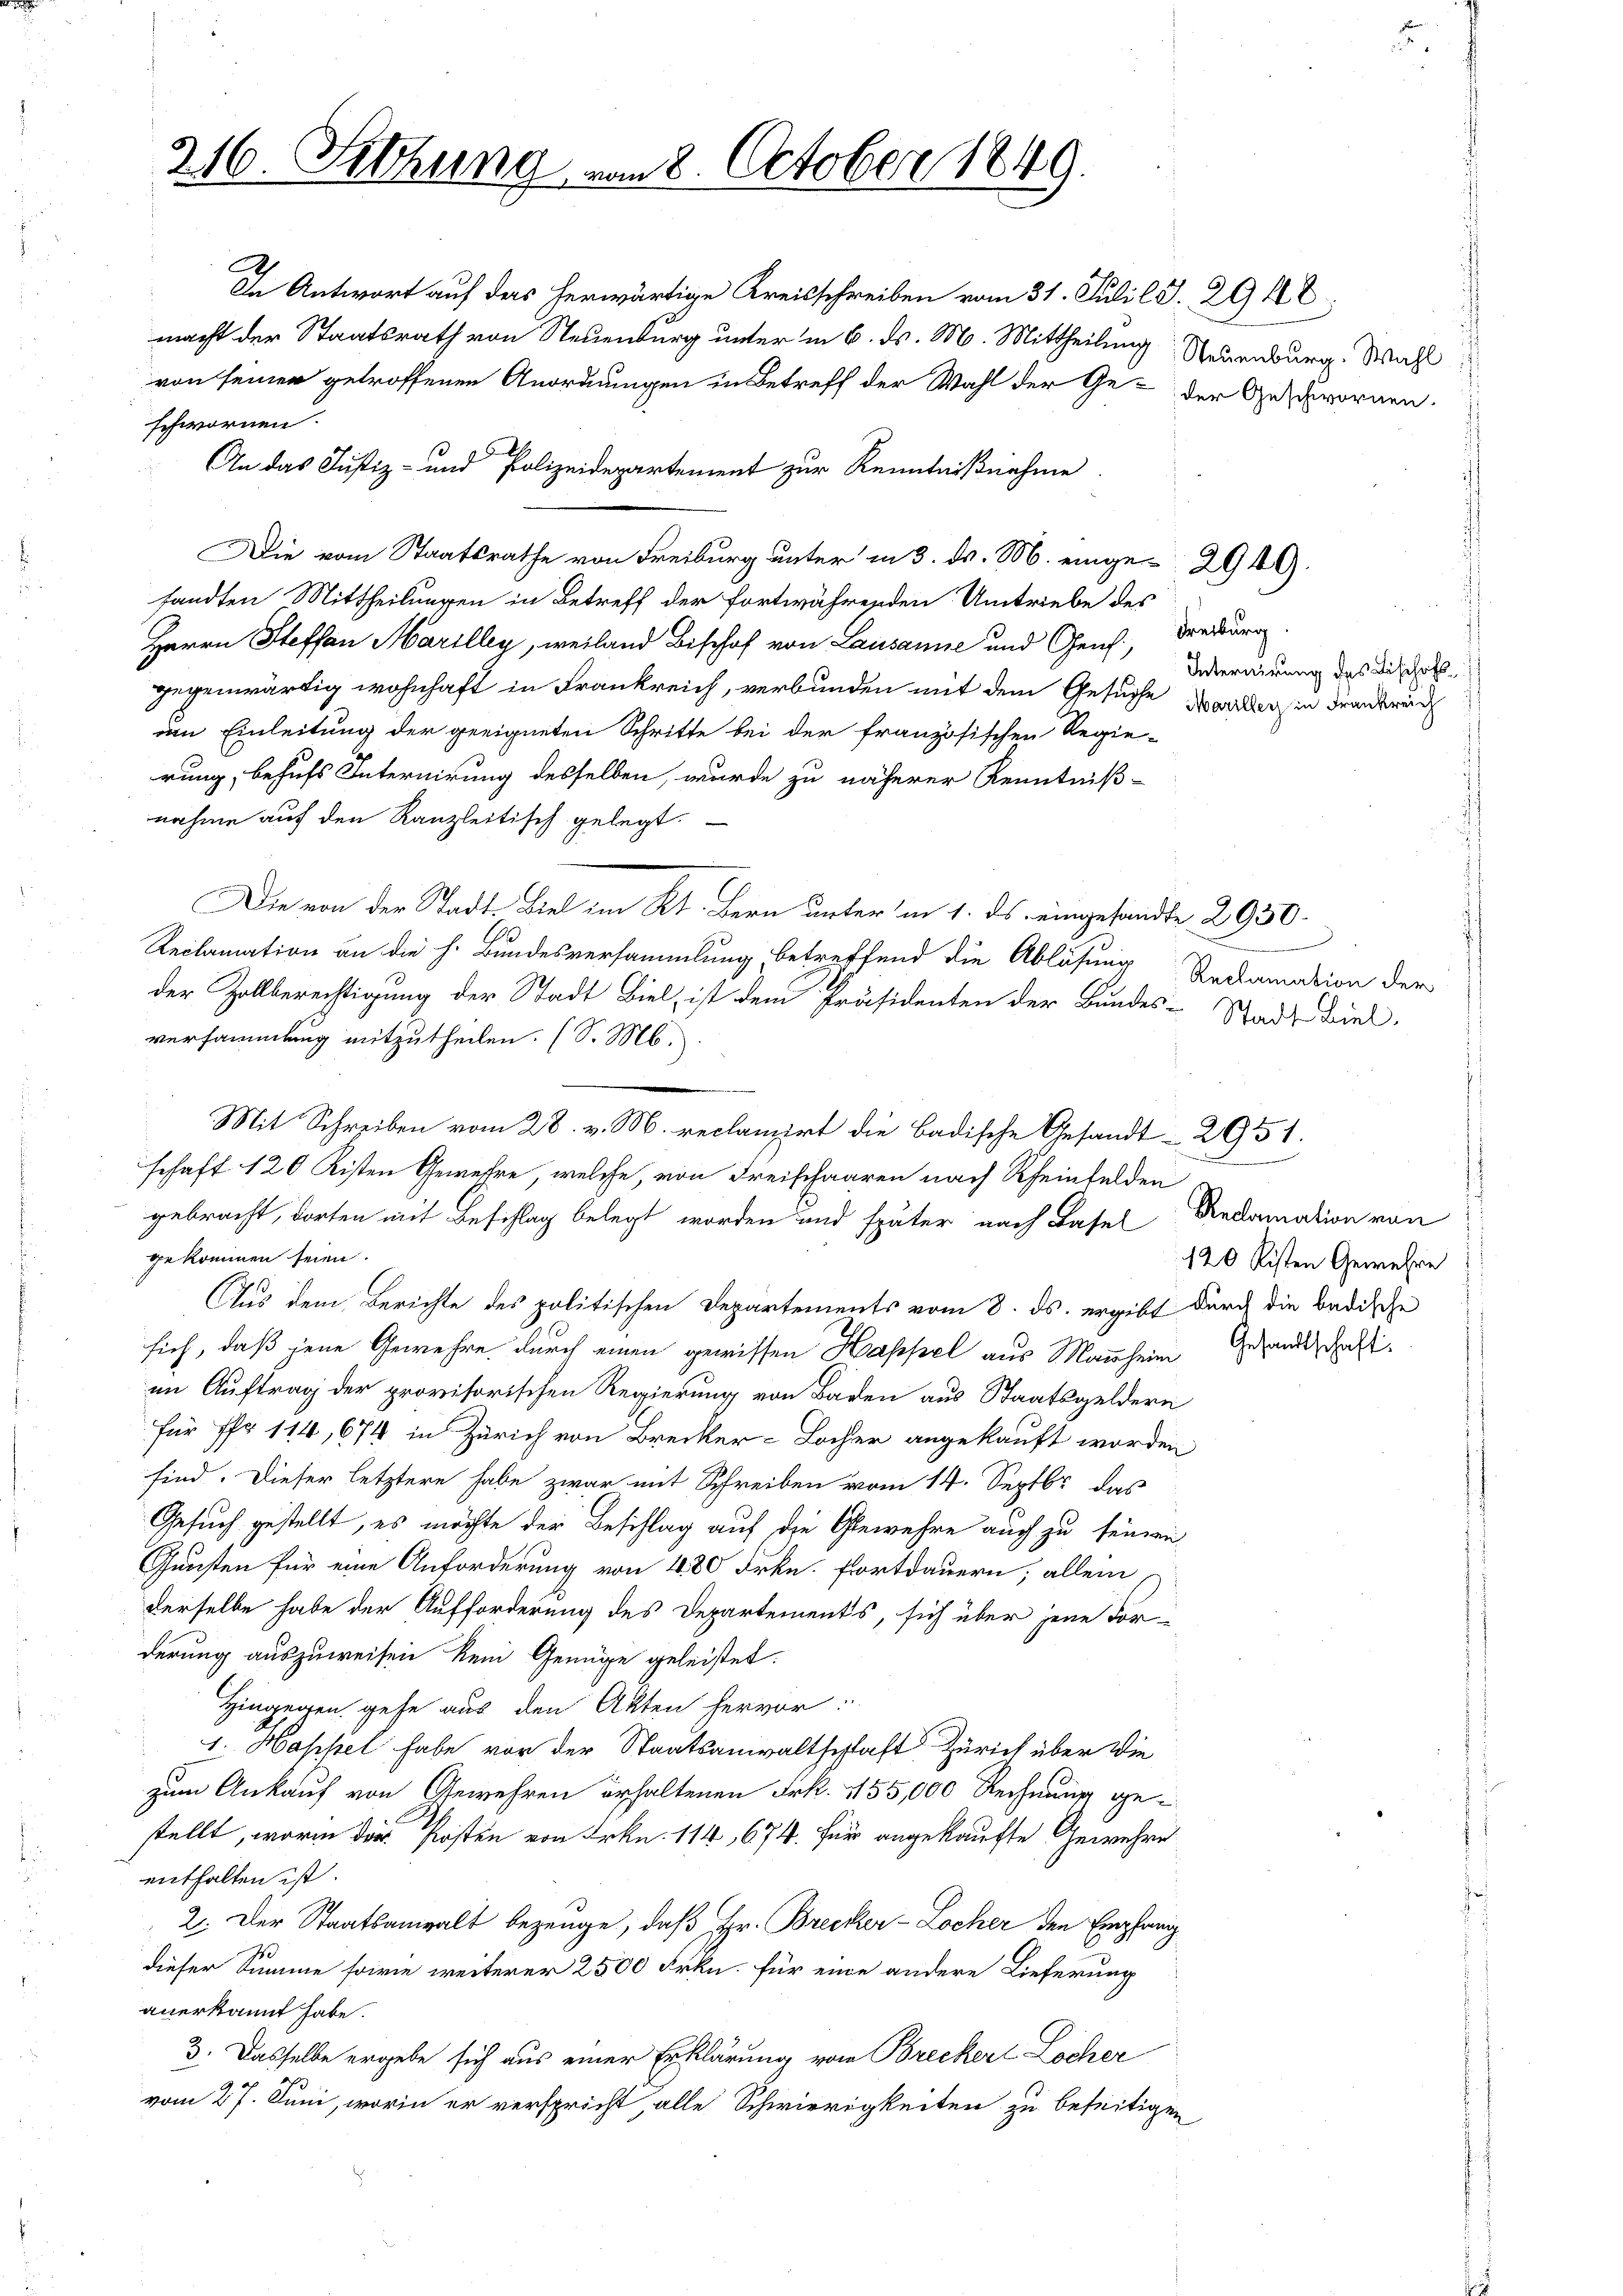
216. Fetzung von 8. October 1849.

In Antwort auf das herwärtige Kreisschreiben vom 31. Juli l. J. 29112;
macht der Staatsrath von Steuenburg unter in 6. ds. M. Mittheilung Neuenburg. Wahl
von seiner getroffenen Anordnungen in Betreff der Wahl der Ge- der Geschwornen.
schwornen.
Die vom Staatsrathe von Freiburg unter in 3. ds. M. einge-294.
sandten Mittheilungen in Betreff der fortwährenden Umtriebe des
Herrn Steffan Marilley, weiland Bischof von Lausanne und Genf, Freiburg.
gegenwärtig wohnhaft in Frankreich, verbunden mit dem Gesuche
ven Einleitung der geeigneten Schritte bei der französischen Regie-
rung, behufs Internirung desselben, wurde zu näherer Kenntniß-
nahme auf den Kanzleitisch gelegt.
Die von der Stadt. Biel im Kt. Bern unter in 1. ds eingesandte 2930.
Reclamation an die h. Bundesversammlung betreffend die Ablösung
der Zollberechtigung der Stadt Biel, ist dem Präsidenten der Bundes-Stadt Biel,
versammlung mitzutheilen. (S. M.
Mit Schreiben vom 28. v. M. reclamirt die Badische Gesandt-2951.
schaft 120 Kisten Gewehre, welche, von Freischaaren nach Rheinfelden
gebracht, dorten mit Beschlag belegt worden und später nach Basel
gekommen seien.
Aus dem Berichte des politischen Departements vom 8. ds. ergibt durch die Badische
sich, daß jene Gewehre durch einen gewissen Happel aus Mannheim
im Auftrag der provisorischen Regierung von Baden aus Staatsgeldern
für Pfr. 114, 674 in Zürich von Brecker-Locher angekauft worden
sind. Dieser letztere habe zwar mit Schreiben vom 14. Septbr das
Gesuch gestellt, es möchte der Beschlag auf die Gewehre auch zu seinen
Gunsten für eine Anforderung von 480 Frkn. Fortdauern, allein
derselbe habe der Aufforderung des Departements, sich über jene For-
derung auszuweisen kein Genüge geleistet.
Hingegen gehe aus den Akten hervor:
1. Hassel habe vor der Staatsanwaltschaft Zürich über die
zum Ankauf von Gewehren erhaltenen Frk. 155,000 Rechnung gestellt, worin der Posten von Frkn. 114, 674. Für angekaufte Gewehre
enthalten ist.
2. Der Staatsanwalt bezeuge, daß Hr. Brecker-Locher den Empfang
dieser Summe sowie weiterer 2500 Frkn. für eine andere Lieferung
anerkannt habe.
3. Dasselbe ergebe sich aus einer Erklärung vom Brecker Locher
vom 27. Juni, worin er verspricht, alle Schwierigkeiten zu beseitigen

An das Justiz- und Polizeidepartement zur Kenntnißnahme.

Internirung des Bischaft
Mariller in Frankreich

d
Reclamation der

Reclamation von
120 Risten Gewehre

Gesandtschaft